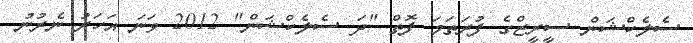
ސެލެކްޝަން ސީރީޒްގެ ފުރަތަމަ ފޮތް "ދަ ސެލެކްޝަން" 2012 ވަނަ އަހަރު ނެރުނު